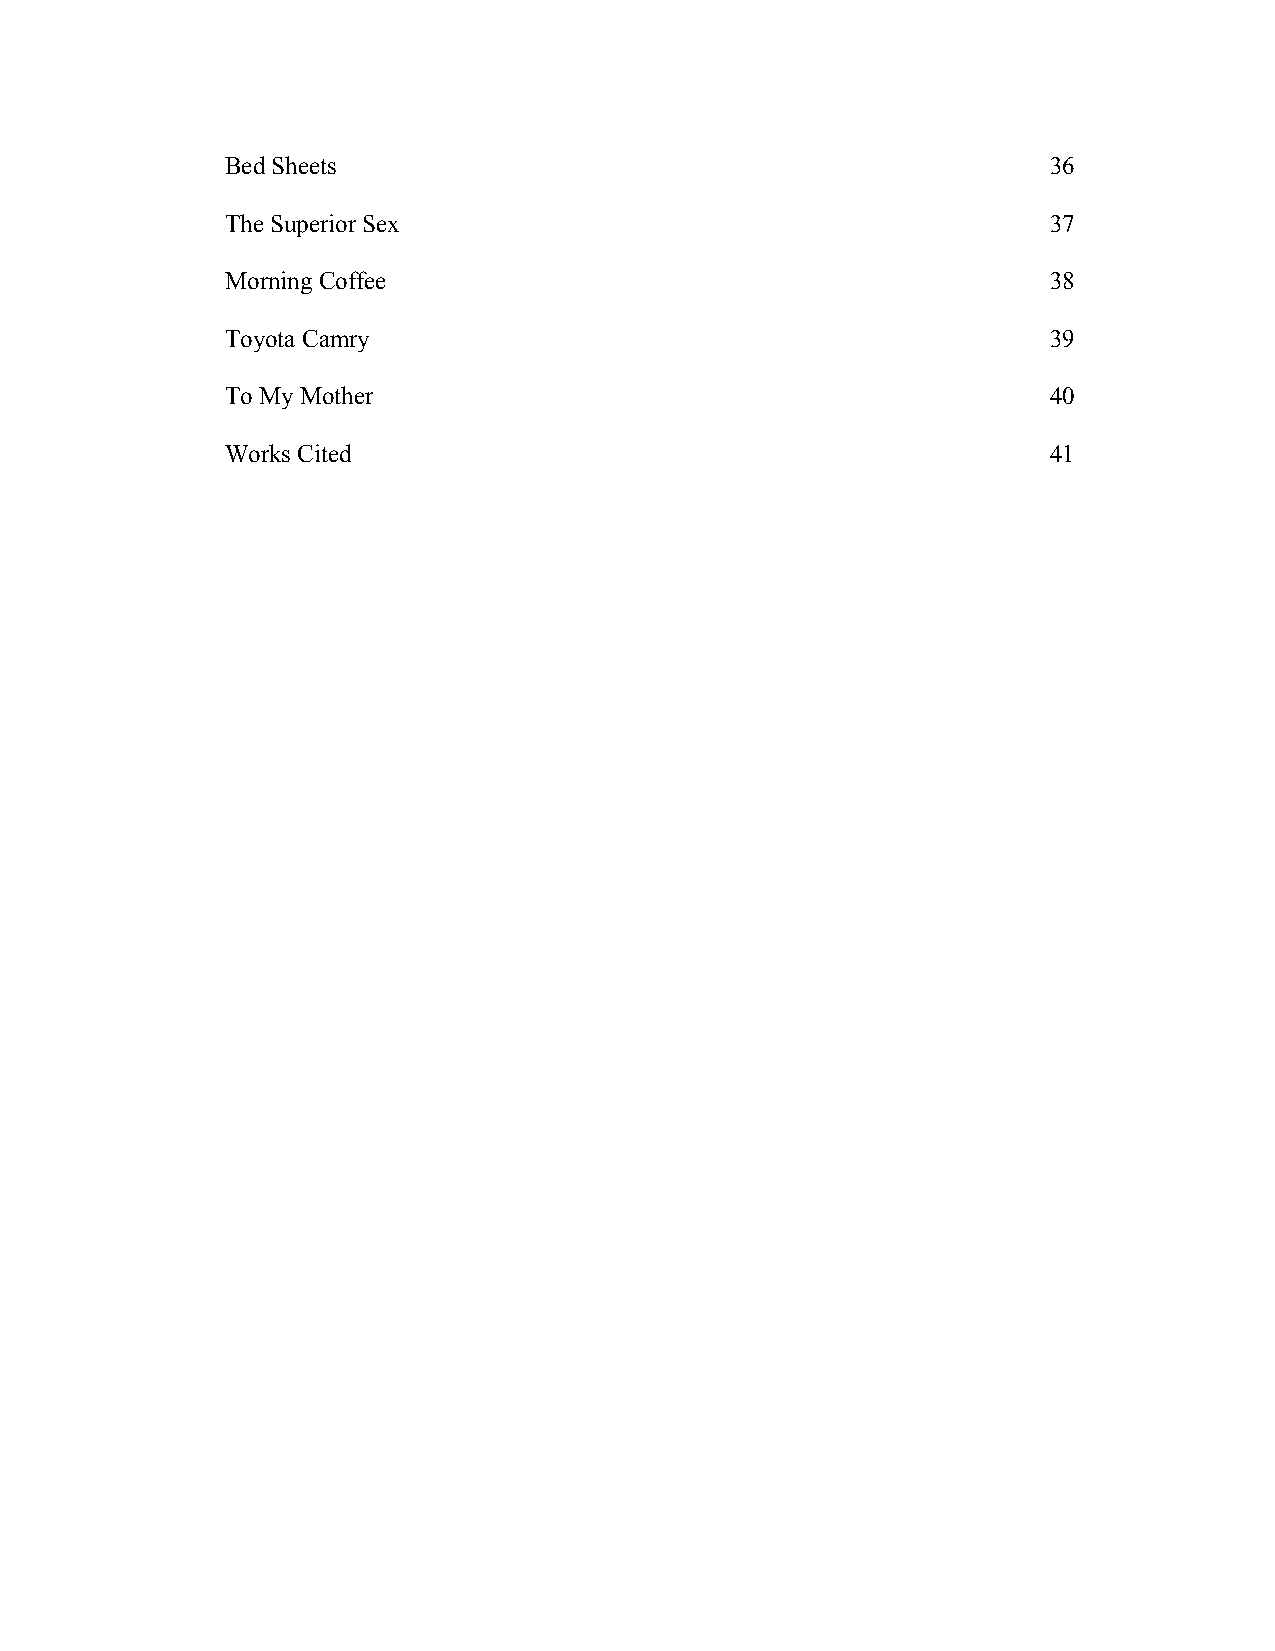
Bed Sheets                                             36
 The Superior Sex                                       37
 Morning Coffee                                         38
 Toyota Camry                                           39
 To My Mother                                           40
 Works Cited                                            41